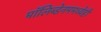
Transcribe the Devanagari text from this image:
मॉलिब्डेनममध्येही